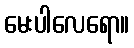
မေးပါလေရော။